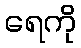
ရေကို